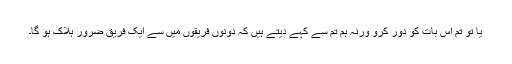
یا تو تم اس بات کو دُور کرو ورنہ ہم تم سے کہے دیتے ہیں کہ دونوں فریقوں میں سے ایک فریق ضرور ہلاک ہو گا۔